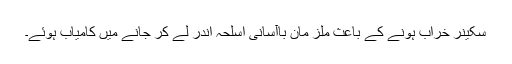
سکینر خراب ہونے کے باعث ملز مان باآسانی اسلحہ اندر لے کر جانے میں کامیاب ہوئے۔